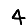
Digit: 4